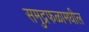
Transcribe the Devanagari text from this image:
समुद्रफळामधील